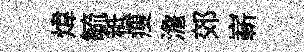
煒毓秪瘦澹郊嶄